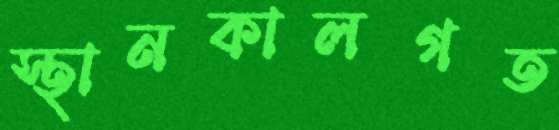
স্থানকালগত